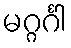
မဂ္ဂင်္ဂါ